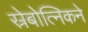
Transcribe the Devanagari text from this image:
स्रेबोत्निकने